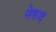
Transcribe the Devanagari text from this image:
नेरुद